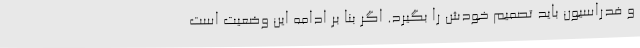
و فدراسیون باید تصمیم خودش را بگیرد. اگر بنا بر ادامه این وضعیت است